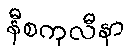
နီစကုလီနာ